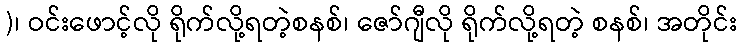
)၊ ဝင်းဖောင့်လို ရိုက်လို့ရတဲ့စနစ်၊ ဇော်ဂျီလို ရိုက်လို့ရတဲ့ စနစ်၊ အတိုင်း